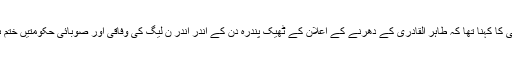
سینئر صحافی کا کہنا تھا کہ طاہر القادری کے دھرنے کے اعلان کے ٹھیک پندرہ دن کے اندر اندر ن لیگ کی وفاقی اور صوبائی حکومتیں ختم ہو جائیں گی۔